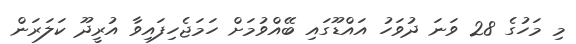
މި މަހުގެ 28 ވަނަ ދުވަހު އައްޑޫގައި ބޭއްވުމަށް ހަމަޖެހިފައިވާ އުރީދޫ ކަލަރަން